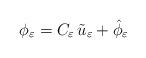
LaTeX: \begin{align*}\phi_{\varepsilon} = C_{\varepsilon} \,\tilde u_{ \varepsilon} + \hat{\phi}_{\varepsilon}\end{align*}